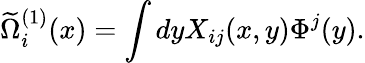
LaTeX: \widetilde{\Omega}_{i}^{(1)}(x)=\int dyX_{ij}(x,y)\Phi^{j}(y).